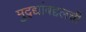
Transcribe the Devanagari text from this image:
मुद्द्यांबद्दलची